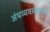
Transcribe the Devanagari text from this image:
अंधव्यवस्थात्मक